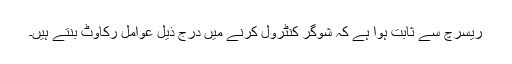
ریسرچ سے ثابت ہوا ہے کہ شوگر کنٹرول کرنے میں درج ذیل عوامل رکاوٹ بنتے ہیں۔